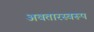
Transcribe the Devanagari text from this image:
अवतारस्वरूप